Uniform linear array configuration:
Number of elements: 16
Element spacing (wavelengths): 1
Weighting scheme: hamming
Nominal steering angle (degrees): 45
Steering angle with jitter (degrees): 43.817
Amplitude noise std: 0.05
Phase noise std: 0.05

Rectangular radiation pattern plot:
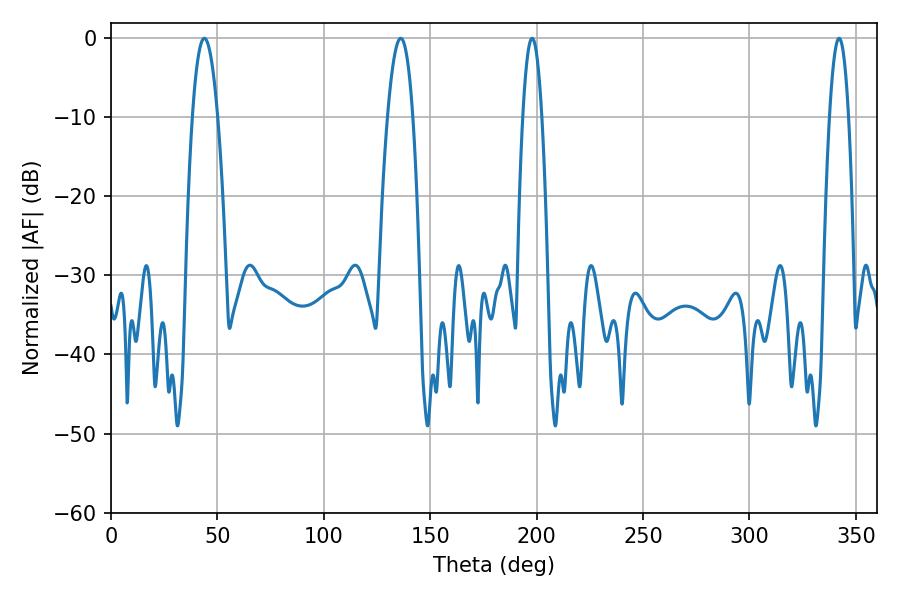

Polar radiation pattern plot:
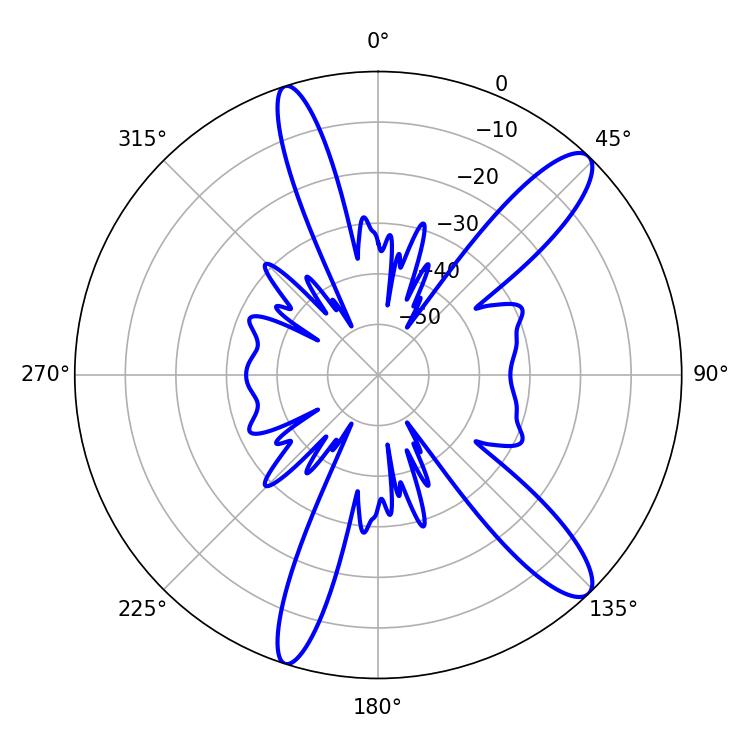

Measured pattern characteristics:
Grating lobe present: TRUE
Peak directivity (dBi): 12.434
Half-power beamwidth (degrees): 6.48
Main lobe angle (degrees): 43.92